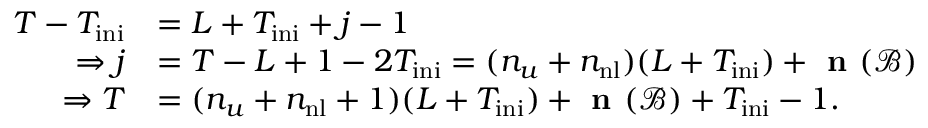
\begin{array} { r l } { T - T _ { \mathrm { i n i } } } & { = L + T _ { \mathrm { i n i } } + j - 1 } \\ { \Rightarrow j } & { = T - L + 1 - 2 T _ { \mathrm { i n i } } = ( n _ { u } + n _ { \mathrm { n l } } ) ( L + T _ { \mathrm { i n i } } ) + \textbf { n } ( \mathcal { B } ) } \\ { \Rightarrow T } & { = ( n _ { u } + n _ { \mathrm { n l } } + 1 ) ( L + T _ { \mathrm { i n i } } ) + \textbf { n } ( \mathcal { B } ) + T _ { \mathrm { i n i } } - 1 . } \end{array}